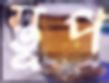
স্তূপ